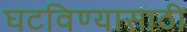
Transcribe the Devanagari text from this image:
घटविण्यासाठी